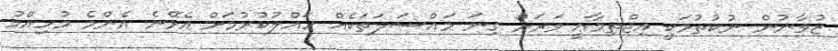
ޒުވާނުން ނުކުތުމަކީ އިޖްތިމާޢީ ވަރަށް ގިނަ މައްސަލަތަކެއް ހައްލުކުރުމަށް އެޅޭނެ އެންމެ މުހިއްމު